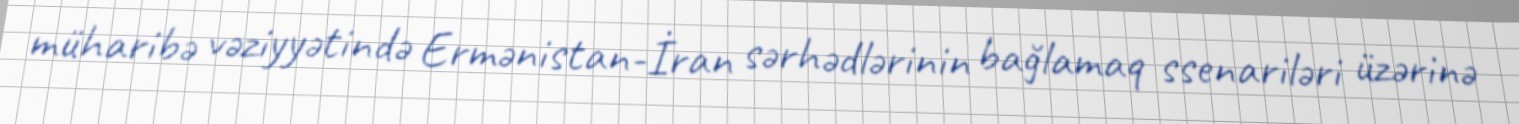
müharibə vəziyyətində Ermənistan-İran sərhədlərinin bağlamaq ssenariləri üzərinə